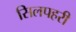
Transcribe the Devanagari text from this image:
सिलपहरी